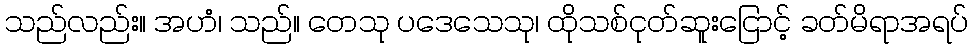
သည်လည်း။ အဟံ၊ သည်။ တေသု ပဒေသေသု၊ ထိုသစ်ငုတ်ဆူးငြောင့် ခတ်မိရာအရပ်